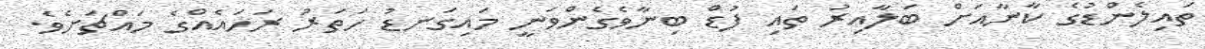
ތައިލެންޑުގެ ކާނާއަށް ބަލާއިރު ތައި ފުޑް ބިނާވެގެންވަނީ މައިގަނޑު ހަތަރު ރަހައެއްގެ މައްޗަށެވެ.